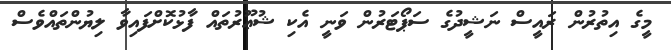
މީގެ އިތުރުން ރައީސް ނަޝީދުގެ ސަޕޯޓަރުން ވަނީ އެކި ޝުޢޫރުތައް ފާޅުކޮށްފައިވާ ލިޔުންތައްވެސް